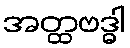
အတ္ထဗဒ္ဓါ